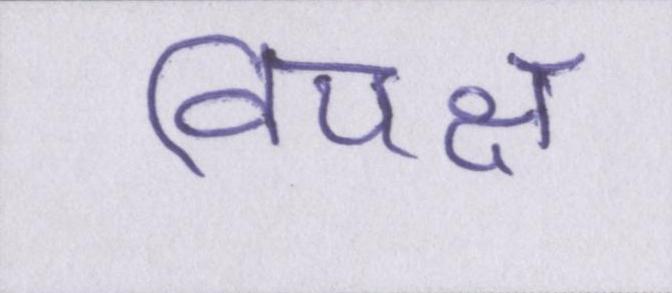
विपक्ष